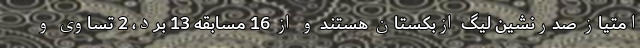
امتیاز صدرنشین لیگ ازبکستان هستند و از 16 مسابقه 13 برد، 2 تساوی و